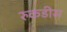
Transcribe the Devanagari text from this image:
रुकडीस